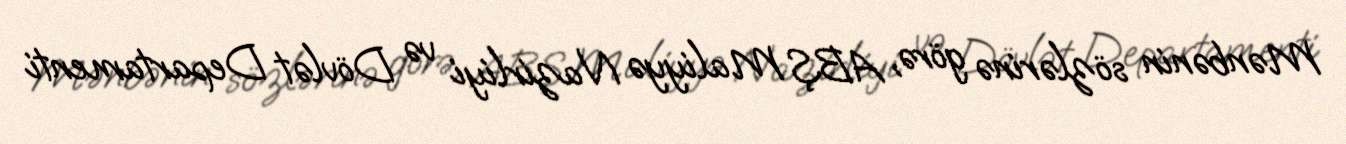
Mənbənin sözlərinə görə, ABŞ Maliyyə Nazirliyi və Dövlət Departamenti